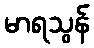
မာရသွန်